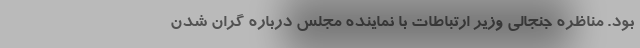
بود. مناظره جنجالی وزیر ارتباطات با نماینده مجلس درباره گران شدن